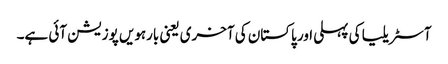
آسٹریلیا کی پہلی اور پاکستان کی آخری یعنی بارہویں پوزیشن آئی ہے۔